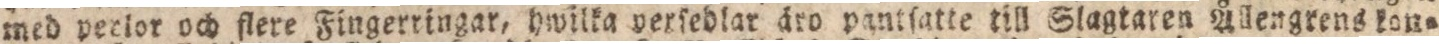
med perior och flere Fingerringar, hwilka perſeblar äro pantſatte till Slagtaren Ållengrens kon=